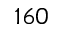
1 6 0